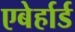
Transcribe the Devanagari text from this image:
एबेर्हार्ड